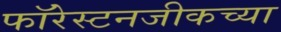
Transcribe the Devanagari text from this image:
फॉरेस्टनजीकच्या